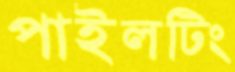
পাইলটিং